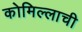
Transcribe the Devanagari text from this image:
कोमिल्लाची